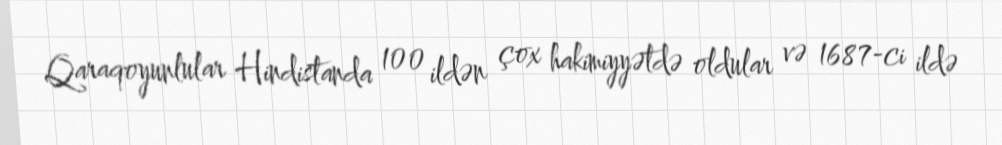
Qaraqoyunlular Hindistanda 100 ildən çox hakimiyyətdə oldular və 1687-ci ildə